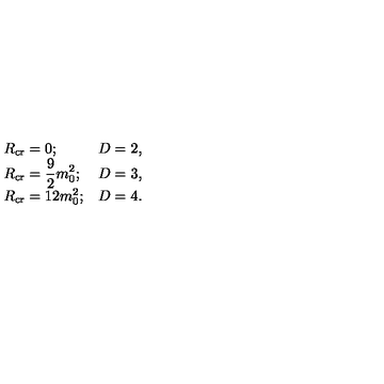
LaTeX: \begin{array} { l l } { R _ { \mathrm { c r } } = 0 ; } & { D = 2 , } \\ { \displaystyle R _ { \mathrm { c r } } = \frac { 9 } { 2 } m _ { 0 } ^ { 2 } ; } & { D = 3 , } \\ { R _ { \mathrm { c r } } = 1 2 m _ { 0 } ^ { 2 } ; } & { D = 4 . } \\ \end{array}